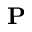
\mathbf P